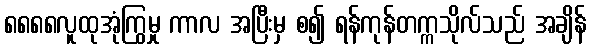
၈၈၈၈လူထုအုံကြွမှု ကာလ အပြီးမှ စ၍ ရန်ကုန်တက္ကသိုလ်သည် အချိန်